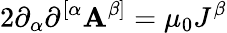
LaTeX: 2\partial_{\alpha}\partial^{[\alpha}\mathbf{A}^{\beta]}=\mu_{0}J^{\beta}